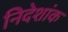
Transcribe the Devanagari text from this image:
निदेशांक